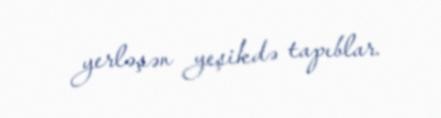
yerləşən yeşikdə tapıblar.